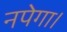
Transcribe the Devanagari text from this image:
नपेगा।